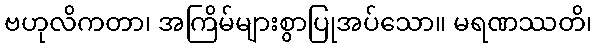
ဗဟုလိကတာ၊ အကြိမ်များစွာပြုအပ်သော။ မရဏဿတိ၊